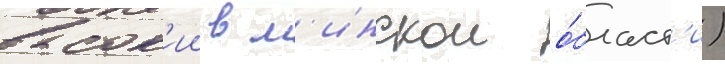
высок'ии в м'инскои о́бласт'и)